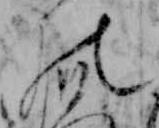
の